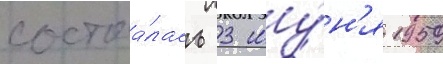
состоа́лась 3 иу́н'я 1959